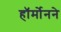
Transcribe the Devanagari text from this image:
हॉर्मोनने